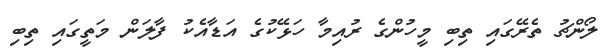
ލޯންޗު ތެރޭގައި ތިބި މީހުންގެ ރުއިމާ ހަޅޭކުގެ އަޑާއެކު ފާލަން މަތީގައި ތިބި